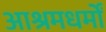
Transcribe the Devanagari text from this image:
आश्रमधर्मों